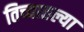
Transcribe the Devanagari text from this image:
तिच्यातल्या